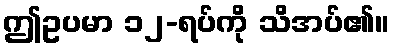
ဤဥပမာ ၁၂-ရပ်ကို သိအပ်၏။